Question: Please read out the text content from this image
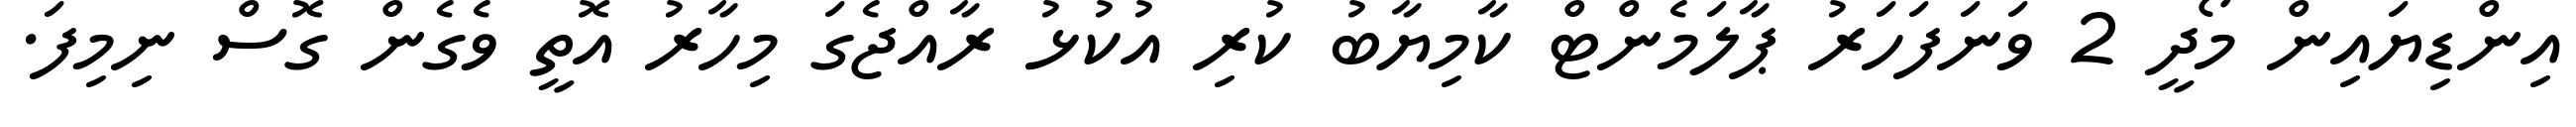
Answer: އިންޑިޔައިން މޯދީ 2 ވަނަފަހަރު ޕާލަމެންޓް ކާމިޔާބު ކުރި އުކުޅު ރާއްޖެގަ މިހާރު އޮތީ ވެގެން ގޮސް ނިމިފަ.